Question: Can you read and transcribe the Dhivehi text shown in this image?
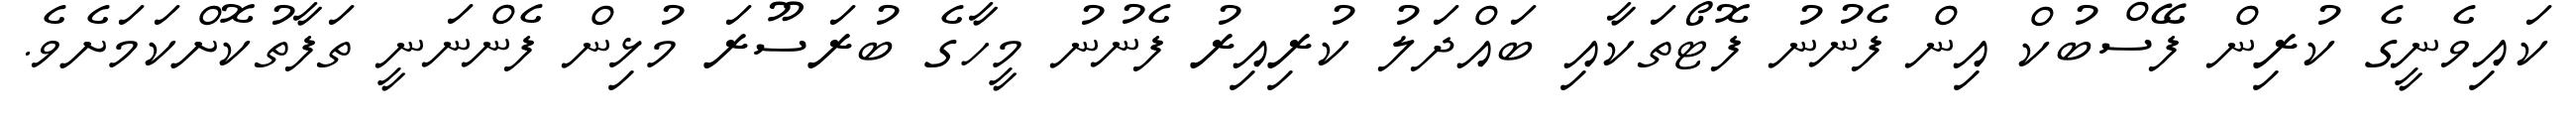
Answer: ކައިވެނީގެ ކުރިން ފޭސްބުކް އިން ފެނުނު ފޮޓޯތަކާއި ބައްދަލު ކުރިއިރު ފެނުނު މީހާގެ ބުރަސޫރަ މުޅިން ފެންނަނީ ތަފާތުކޮށްކަމަށެވެ.